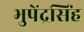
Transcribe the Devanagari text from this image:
भुपेंद्रसिंह